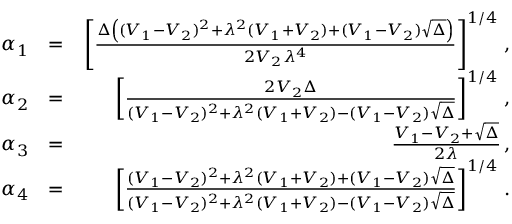
\begin{array} { r l r } { \alpha _ { 1 } } & { = } & { \left[ \frac { \Delta \left( ( V _ { 1 } - V _ { 2 } ) ^ { 2 } + \lambda ^ { 2 } ( V _ { 1 } + V _ { 2 } ) + ( V _ { 1 } - V _ { 2 } ) \sqrt { \Delta } \right) } { 2 V _ { 2 } \lambda ^ { 4 } } \right] ^ { 1 / 4 } \, , } \\ { \alpha _ { 2 } } & { = } & { \left[ \frac { 2 V _ { 2 } \Delta } { ( V _ { 1 } - V _ { 2 } ) ^ { 2 } + \lambda ^ { 2 } ( V _ { 1 } + V _ { 2 } ) - ( V _ { 1 } - V _ { 2 } ) \sqrt { \Delta } } \right] ^ { 1 / 4 } \, , } \\ { \alpha _ { 3 } } & { = } & { \frac { V _ { 1 } - V _ { 2 } + \sqrt { \Delta } } { 2 \lambda } \, , } \\ { \alpha _ { 4 } } & { = } & { \left[ \frac { ( V _ { 1 } - V _ { 2 } ) ^ { 2 } + \lambda ^ { 2 } ( V _ { 1 } + V _ { 2 } ) + ( V _ { 1 } - V _ { 2 } ) \sqrt { \Delta } } { ( V _ { 1 } - V _ { 2 } ) ^ { 2 } + \lambda ^ { 2 } ( V _ { 1 } + V _ { 2 } ) - ( V _ { 1 } - V _ { 2 } ) \sqrt { \Delta } } \right] ^ { 1 / 4 } \, . } \end{array}